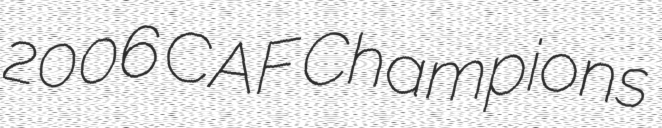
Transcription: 2006 CAF Champions